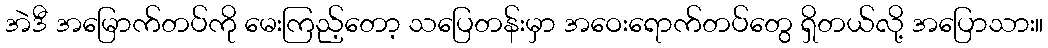
အဲဒီ အမြောက်တပ်ကို မေးကြည့်တော့ သပြေတန်းမှာ အဝေးရောက်တပ်တွေ ရှိတယ်လို့ အပြောသား။